画像に写った文字を読んでください
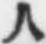
「人」と書いてあります